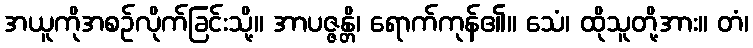
အယူကိုအစဉ်လိုက်ခြင်းသို့။ အာပဇ္ဇန္တိ၊ ရောက်ကုန်၏။ သေံ၊ ထိုသူတို့အား။ တံ၊